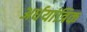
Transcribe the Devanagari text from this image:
अर्धयांत्रिक